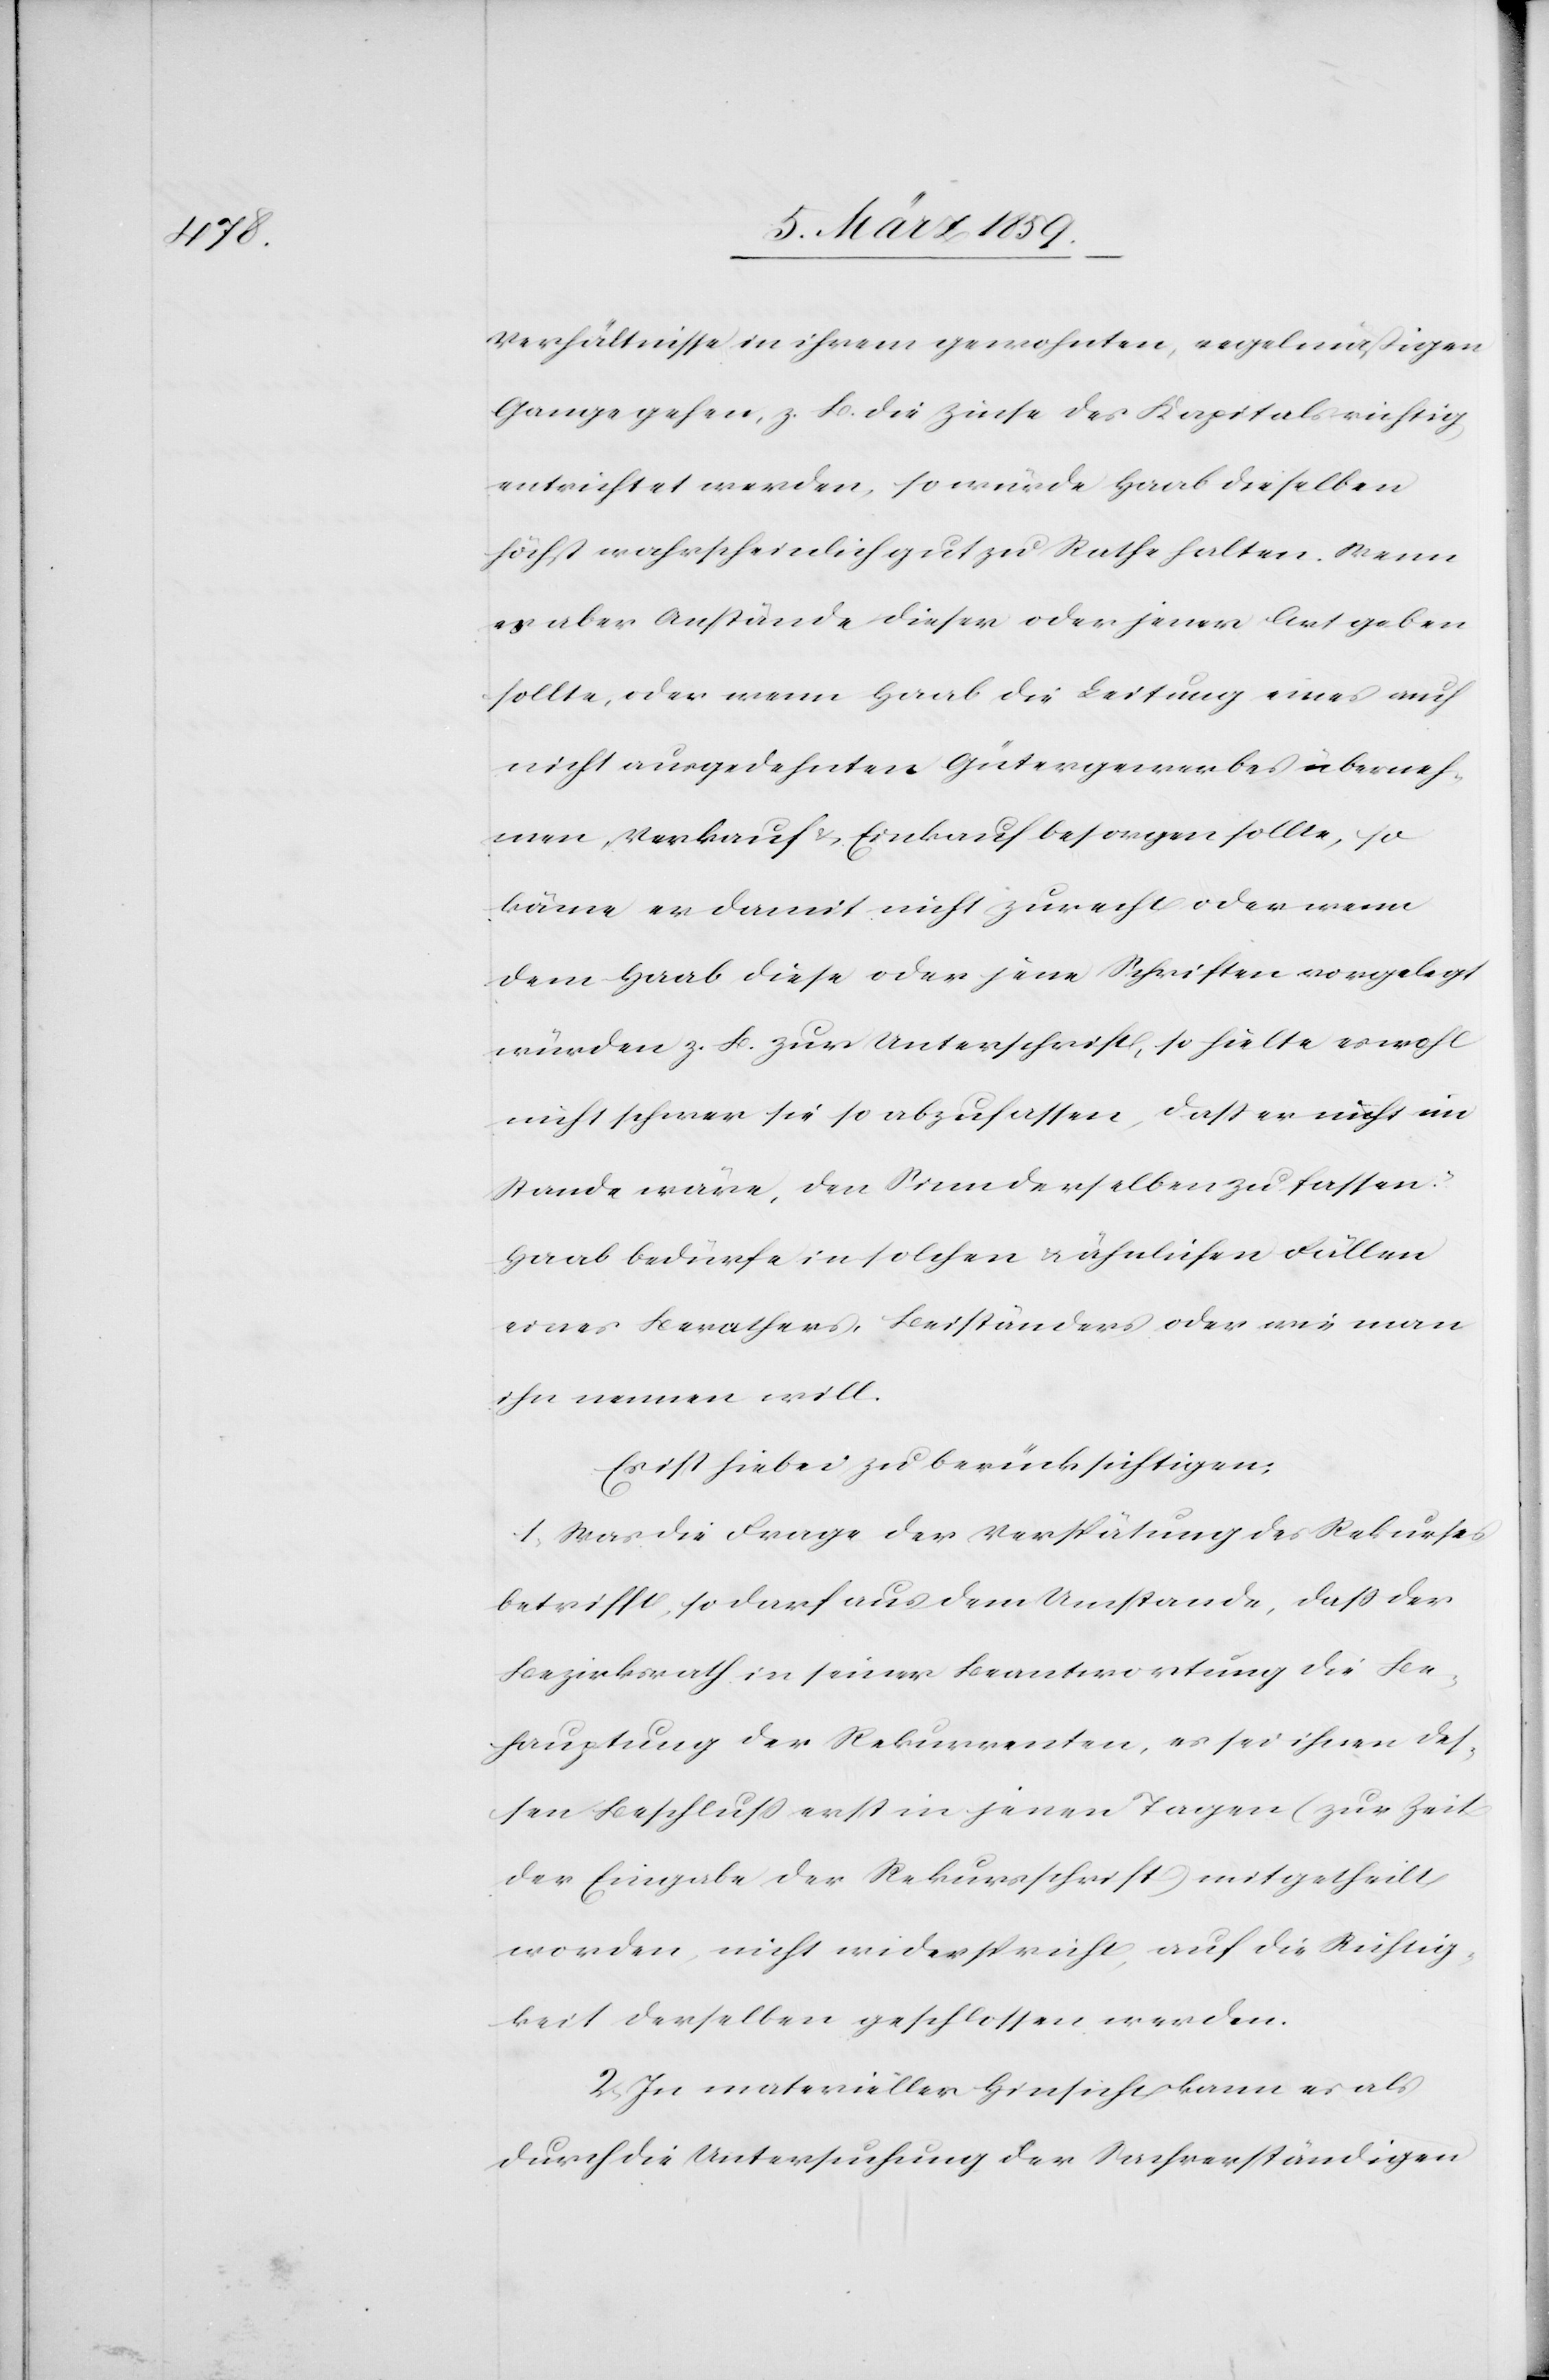
Verhältnisse in ihrem gewohnten, regelmäßigen
Gange gehen, z. B. die Zinse des Kapitals richtig
entrichtet werden, so würde Haab dieselben
höchst wahrscheinlich gut zu Rathe halten. Wenn
es aber Anstände dieser oder jener Art geben
sollte, oder wenn Haab die Leitung eines auch
nicht ausgedehnten Gütergewerbes überneh¬
men, Verkauf & Einkauf besorgen sollte, so
käme er damit nicht zurecht oder wenn
dem Haab diese oder jene Schriften vorgelegt
würden z. B. zur Unterschrift, so hielte es wohl
nicht schwer sie so abzufassen, daß er nicht im
Stande wäre, den Sinn derselben zu fassen.“
Haab bedürfe in solchen u. ähnlichen Fällen
eines Berathers, Beiständers oder wie man
ihn nennen will.
Es ist hiebei zu berücksichtigen:
1) Was die Frage der Verspätung des Rekurses
betrifft, so darf aus dem Umstande, daß der
Bezirksrath in seiner Beantwortung die Be¬
hauptung der Rekurrenten, es sei ihnen des¬
sen Beschluß erst in jenen Tagen (zur Zeit
der Eingabe der Rekursschrift) mitgetheilt
worden, nicht widerspricht, auf die Richtig¬
keit derselben geschlossen werden.
2) In materieller Hinsicht kann es als
durch die Untersuchung der Sachverständigen